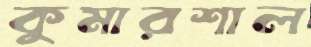
কুমারশাল